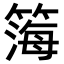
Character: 𬕧